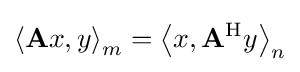
\left\langle \mathbf {A} x,y\right\rangle _{m}=\left\langle x,\mathbf {A} ^{\mathrm {H} }y\right\rangle _{n}